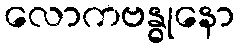
လောကဗန္ဓုနော